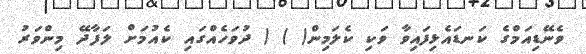
ވެނޭޑިއަމްގެ ކަނޑައެޅިފައިވާ ވަކި ކެލަމިން( ) ( ދުވަހެއްގައި ކެއުމަށް ލަފާދޭ މިންވަރު